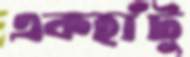
একহাঁটু